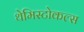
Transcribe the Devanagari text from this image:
थेमिस्टोकल्स